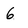
Character: 6